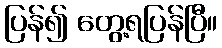
ပြန်၍ တွေ့ရပြန်ပြီ။